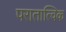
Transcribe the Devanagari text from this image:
परातात्विक